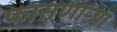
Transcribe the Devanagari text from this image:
फासणाऱ्या